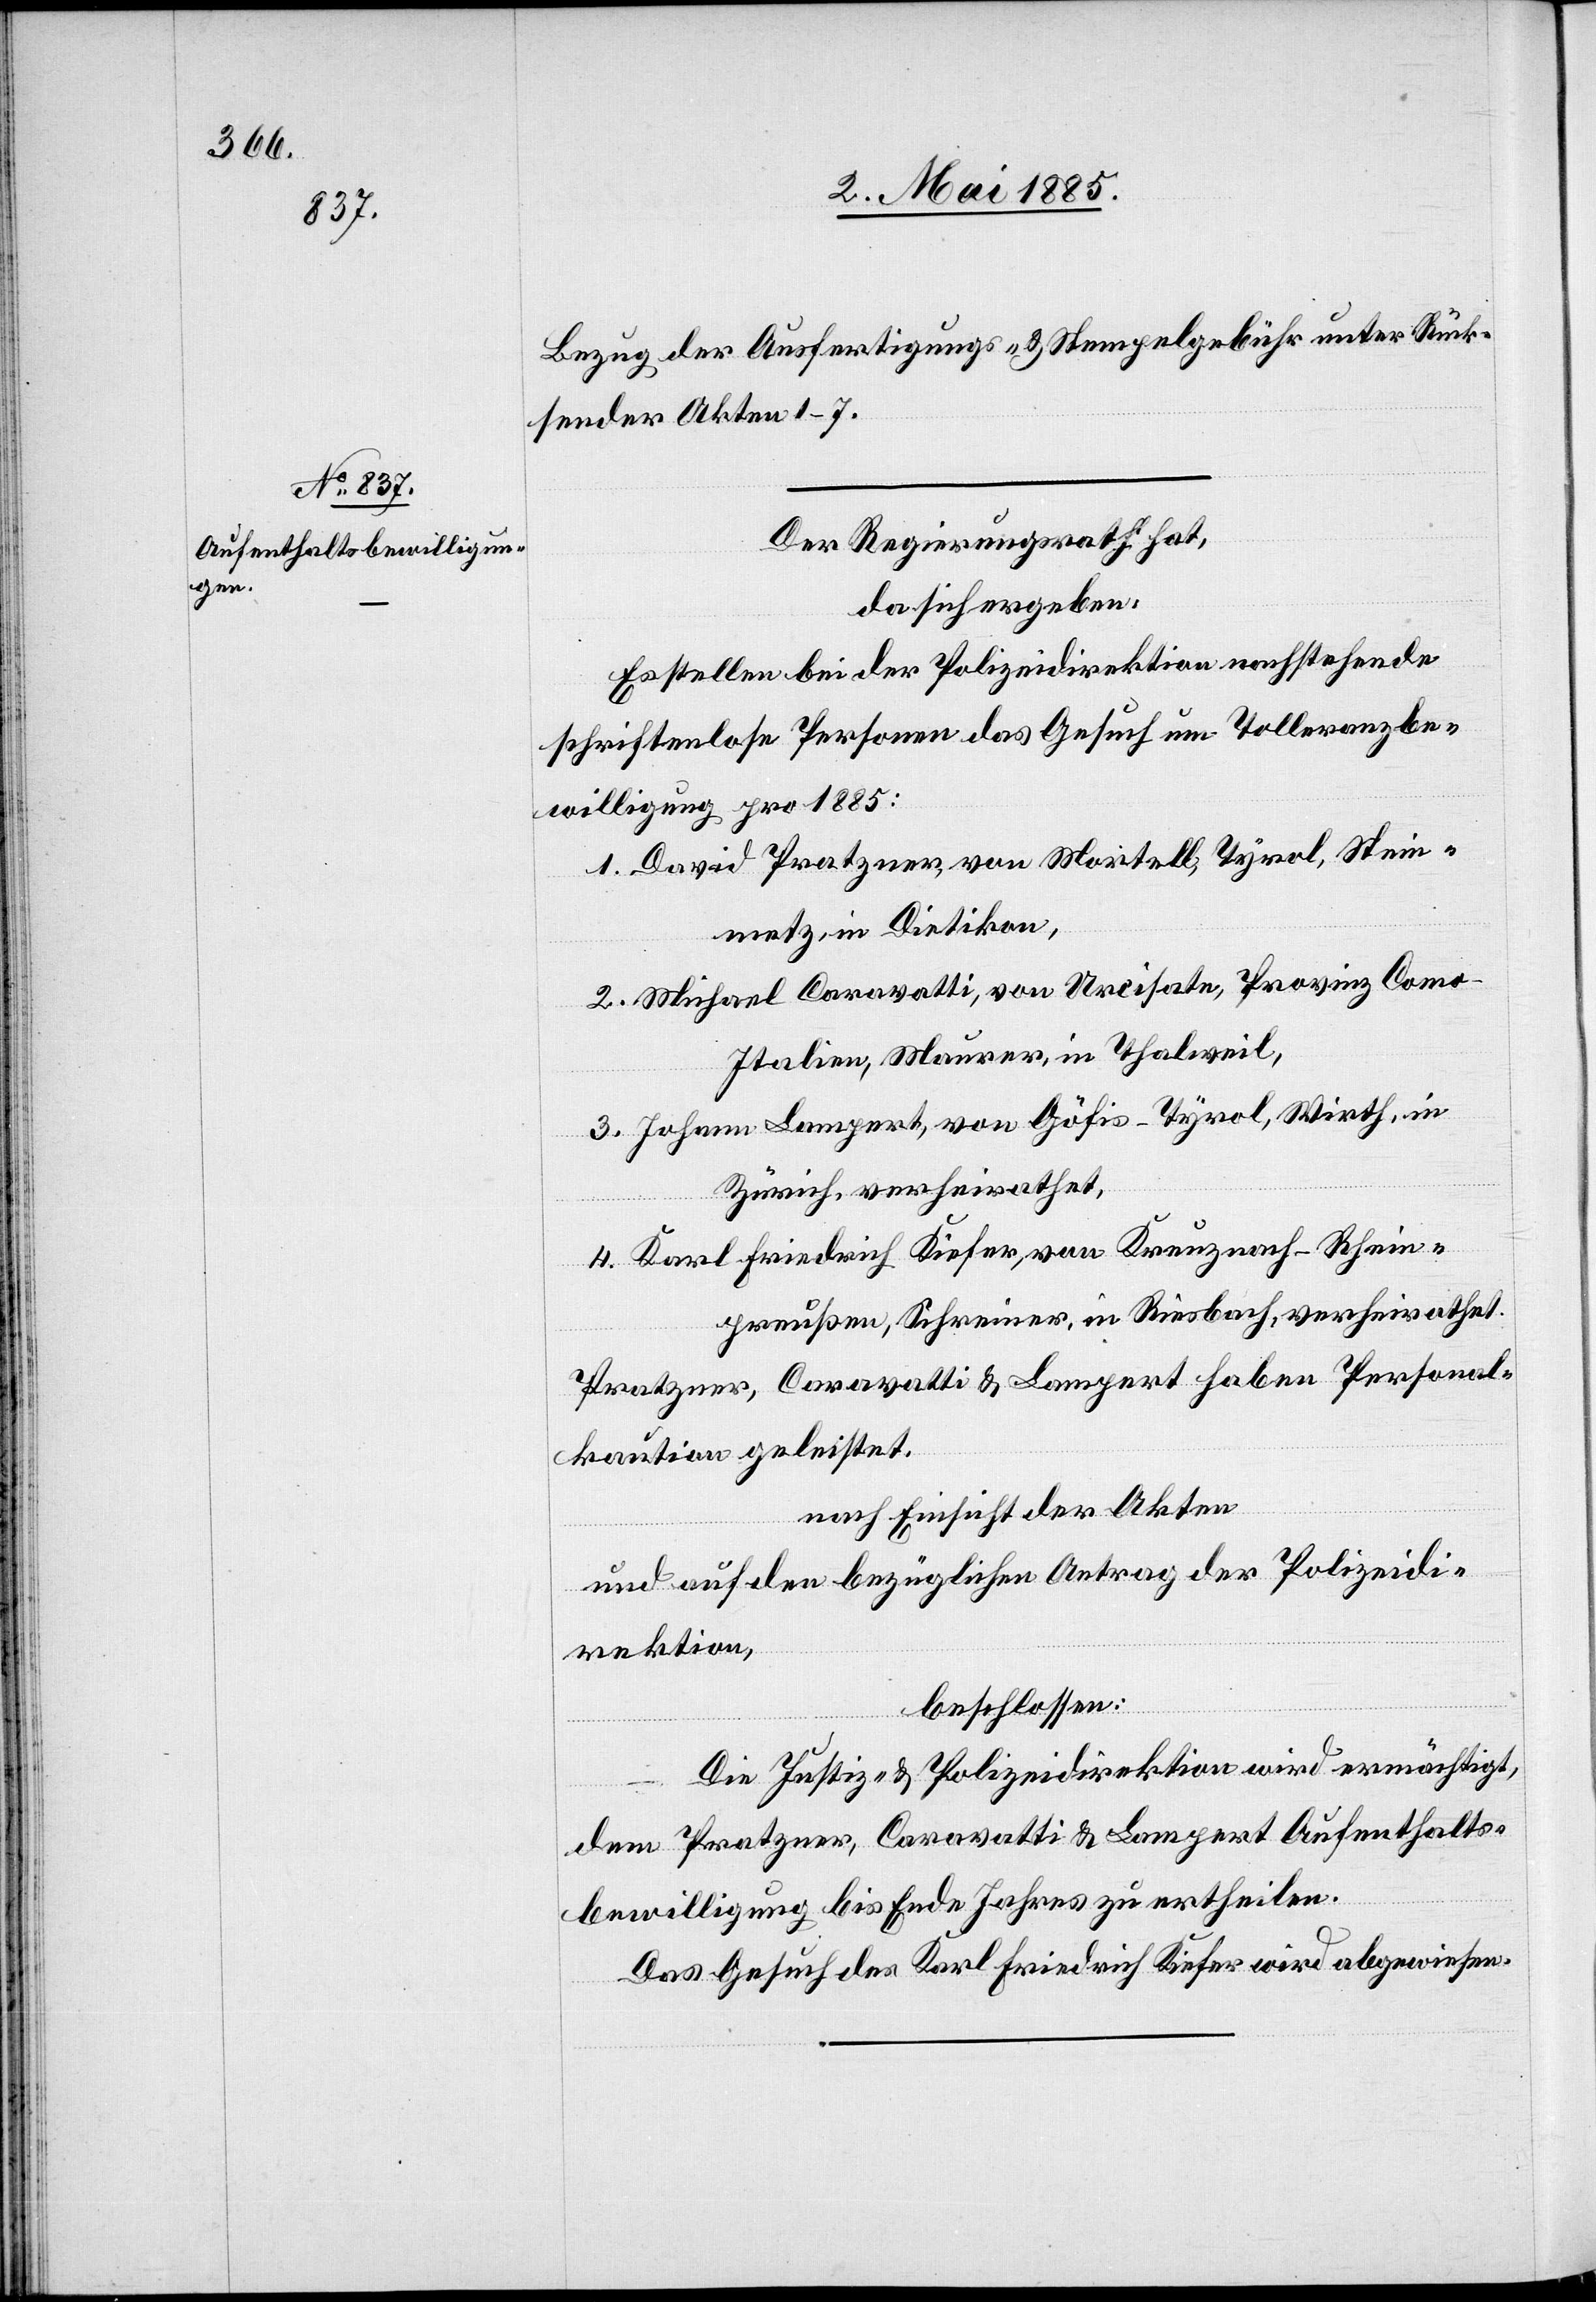
Bezug der Ausfertigungs- & Stempelgebühr unter Rück¬
sender Akten 1–7.
Der Regierungsrath hat,
da sich ergeben:
Es stellen bei der Polizeidirektion nachstehende
schriftenlose Personen das Gesuch um Tolleranzbe¬
willigung pro 1885:
1. David Pratzner, von Mortell, Tyrol, Stein¬
metz, in Dietikon,
2. Michael Caravatti, von Arcisate, Provinz Como
Italien, Maurer, in Thalweil,
3. Johann Lampert, von Göfis - Tyrol, Wirth, in
Zürich, verheirathet,
4. Karl Friedrich Kiefer, von Kreuznach - Rhein¬
preußen, Schreiner, in Riesbach, verheirathet.
Pratzner, Caravatti & Lamprecht haben Personal¬
kaution geleistet.
nach Einsicht der Akten
und auf den bezüglichen Antrag der Polizeidi¬
rektion,
beschlossen:
Die Justiz- & Polizeidirektion wird ermächtigt,
dem Pratzner, Caravatti & Lampert Aufenthalts¬
bewilligung bis Ende Jahres zu ertheilen.
Das Gesuch des Karl Friedrich Kiefer wird abgewiesen.